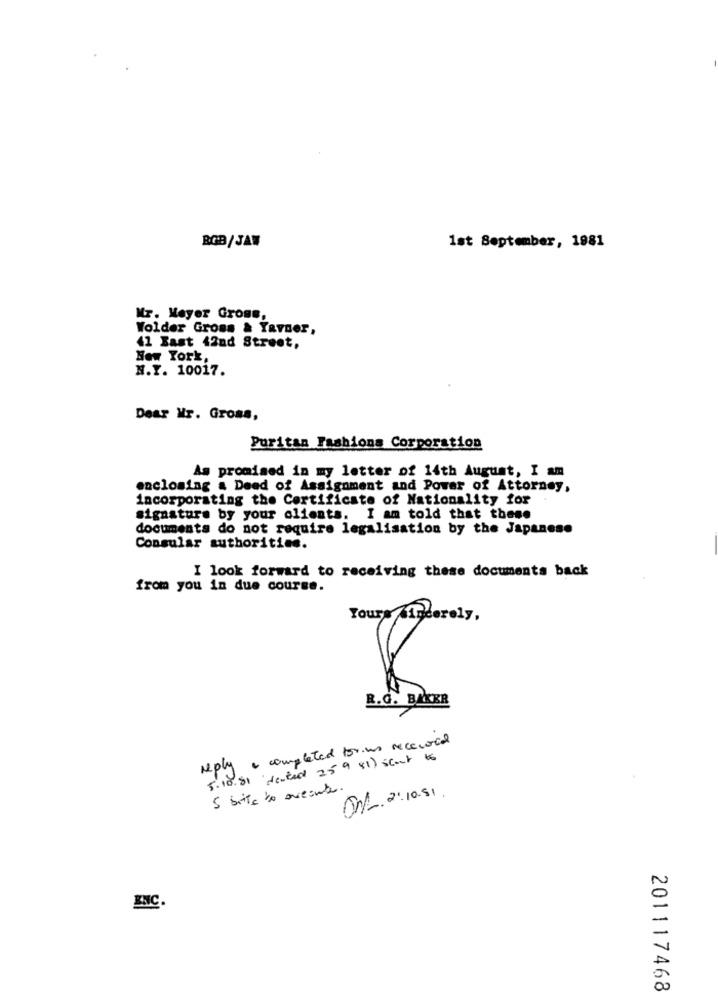
BGB/JAW
1st September, 1981
Mr. Meyer Gross,
Wolder Gross & Yavner,
41 Bast 42nd Street,
New York,
N.Y. 10017.
Dear Mr. Gross,
Puritan Fashions Corporation
As promised in my letter of 14th August, I am
enclosing & Deed of Assignment and Power of Attorney,
incorporating the Certificate of Nationality for
signature by your clients. I am told that these
documents do not require legalisation by the Japanese
Consular authorities.
I look forward to receiving these documents back
from you in due course.
Yours Sincerely,
R.G. BAKER
reply . completed for.we received
5.10.81 "Jected 25 9 81) scout 66
5 bitte to avenute.
OnL. 2:10.51 .
INC.
201117468